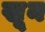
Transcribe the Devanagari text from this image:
खू़न